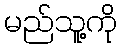
မည်သူ့ကို